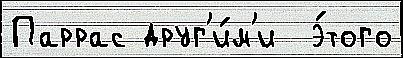
Паррас друг'и́м'и  э́того